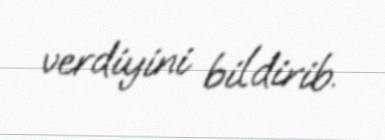
verdiyini bildirib.